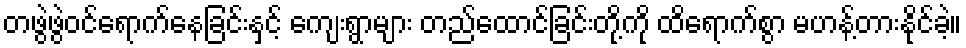
တဖွဲဖွဲဝင်ရောက်နေခြင်းနှင့် ကျေးရွာများ တည်ထောင်ခြင်းတို့ကို ထိရောက်စွာ မဟန့်တားနိုင်ခဲ့။